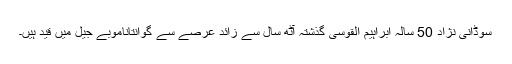
سوڈانی نژاد 50 سالہ ابراہیم القوسی گذشتہ آٹھ سال سے زائد عرصے سے گوانتاناموبے جیل میں قید ہیں۔